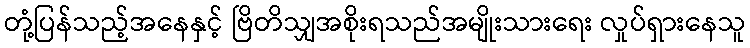
တုံ့ပြန်သည့်အနေနှင့် ဗြိတိသျှအစိုးရသည်အမျိုးသားရေး လှုပ်ရှားနေသူ